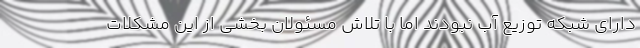
دارای شبکه توزیع آب نبودند اما با تلاش مسئولان بخشی از این مشکلات